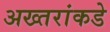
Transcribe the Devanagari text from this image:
अख्तरांकडे